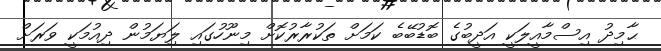
ޙާމިދު އިސްމާއީލަކީ އަދީބުގެ ބޮޑުބޭބެ ކަމަށް ތަކުރާރުކޮށް މިނޫހުގައި ލިަޔަމުން ދިއުމަކީ ވަރަށް